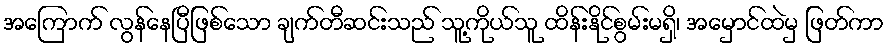
အကြောက် လွန်နေပြီဖြစ်သော ချက်တီဆင်းသည် သူ့ကိုယ်သူ ထိန်းနိုင်စွမ်းမရှိ၊ အမှောင်ထဲမှ ဖြတ်ကာ